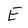
Character: E